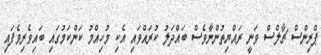
ޕްރިންސް ޗާލްސް ވަނީ ރައްޔިތުންނާވެސް ބައްދަލު ކުރައްވައި އެކި މުހިއްމު ކަންކަމުގައި ބައިވެރިވެފައި